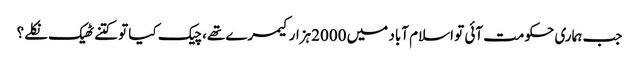
﻿ جب ہماری حکومت آئی تو اسلام آباد میں 2000ہزارکیمرے تھے، چیک کیا تو کتنے ٹھیک نکلے؟